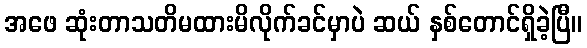
အဖေ ဆုံးတာသတိမထားမိလိုက်ခင်မှာပဲ ဆယ် နှစ်တောင်ရှိခဲ့ပြီ။